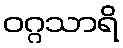
ဝဂ္ဂသာရိ